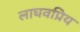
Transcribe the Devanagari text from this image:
लाघवप्रिय